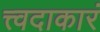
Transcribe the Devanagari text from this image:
त्त्वदाकारं